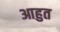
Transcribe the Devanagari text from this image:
आहुत